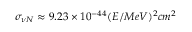
\sigma _ { \nu N } \approx 9 . 2 3 \times 1 0 ^ { - 4 4 } ( E / M e V ) ^ { 2 } c m ^ { 2 }